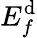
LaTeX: E_{f}^{\mathrm{d}}